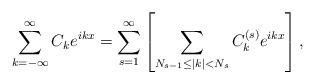
LaTeX: \begin{align*}\sum_{k=-\infty}^\infty C_k e^{ikx}=\sum_{s=1}^\infty \left[\sum_{N_{s-1}\leq |k|<N_s} C_k^{(s)}e^{ikx} \right],\end{align*}